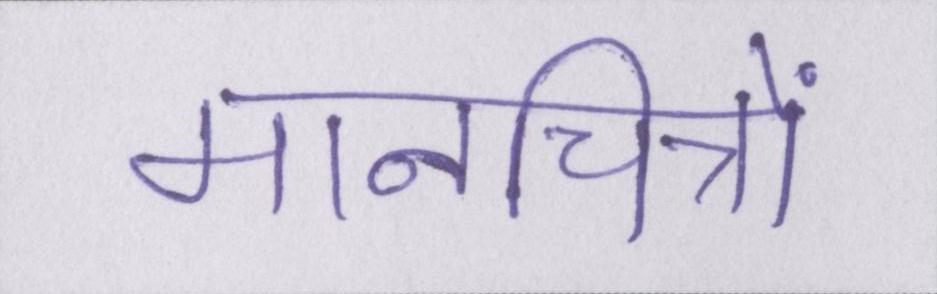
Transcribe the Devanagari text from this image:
मानचित्रों